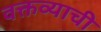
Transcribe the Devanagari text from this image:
वक्तव्याची